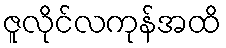
ဇူလိုင်လကုန်အထိ